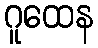
ဂူထေန